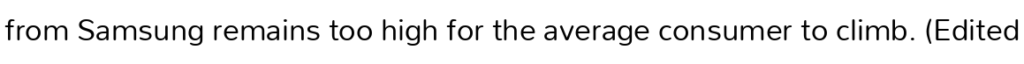
from Samsung remains too high for the average consumer to climb. (Edited